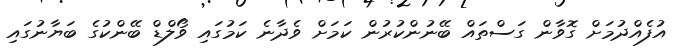
އުފެއްދުމަށް ގޮވާން ގަސްތައް ބޭނުންކުރުން ކަމަށް ވެދާނެ ކަމުގައި ވޯލްޑް ބޭންކުގެ ބަޔާނުގައި